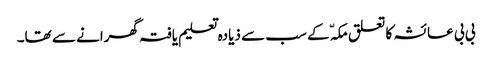
بی بی عائشہ کا تعلق مکہّ کے سب سے ذیادہ تعلیم یافتہ گھرانے سے تھا۔